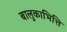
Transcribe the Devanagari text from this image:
बालुकाभित्ति